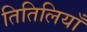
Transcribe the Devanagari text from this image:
तितिलियाँ